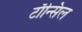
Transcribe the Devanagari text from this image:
टाँन्सिल